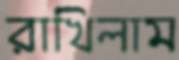
রাখিলাম